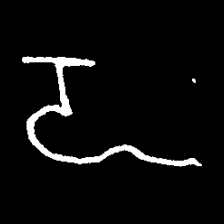
Pyu character \u2014 Myanmar letter: ဍ (romanized: dda)